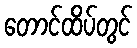
တောင်ထိပ်တွင်